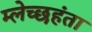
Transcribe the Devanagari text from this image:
म्लेच्छहंता